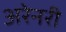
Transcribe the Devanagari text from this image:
अरेनरी